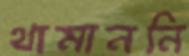
থামাননি